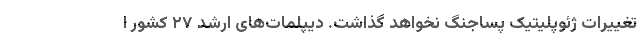
تغییرات ژئوپلیتیک پساجنگ نخواهد گذاشت. دیپلمات‌های ارشد ۲۷ کشور ا